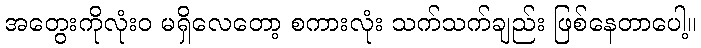
အတွေးကိုလုံးဝ မရှိလေတော့ စကားလုံး သက်သက်ချည်း ဖြစ်နေတာပေါ့။